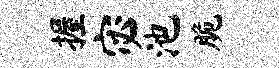
握宓池脆